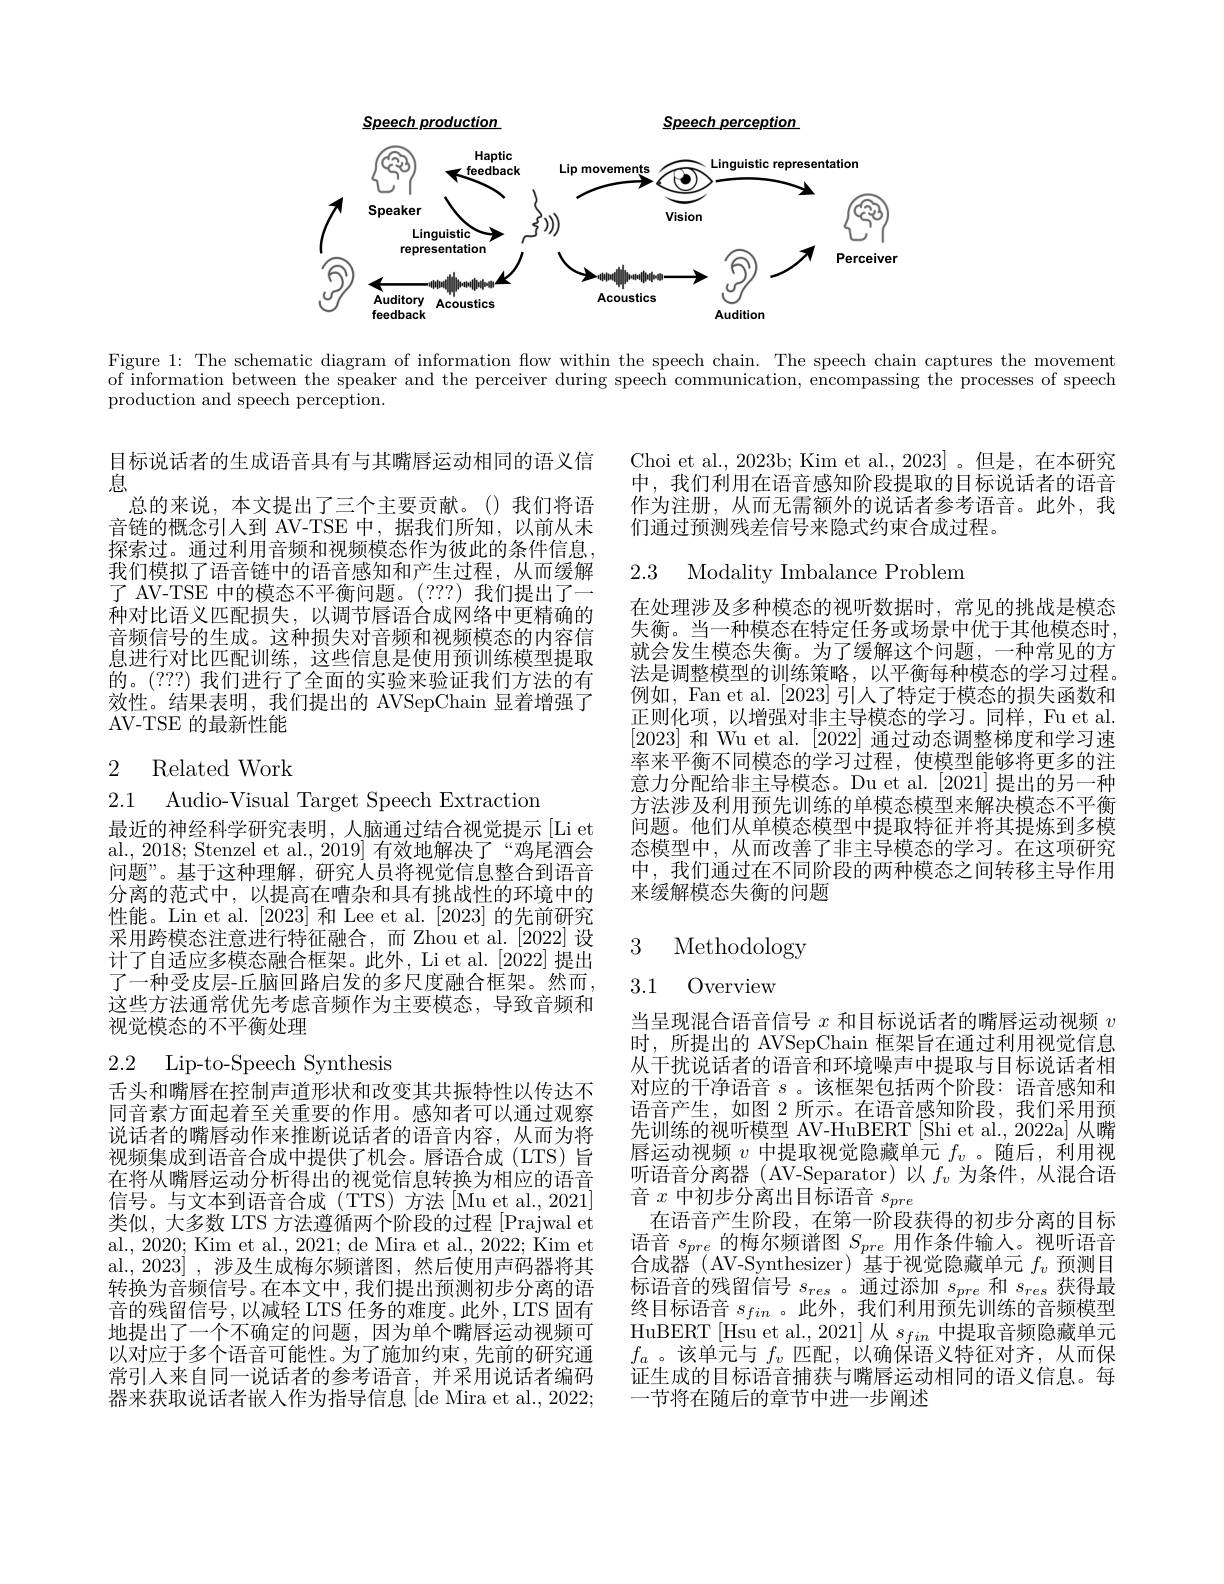
$\underline{Speech}production$

$\underline{{\mathrm{Speech~perception}}}$

<FigureHere>

Figure 1: The schematic diagram of information flow within the speech chain. The speech chain captures the movement $\bar{\text{of information between the speaker and the perceiver during speech communication, encompassing the processes of speech}}$ production and speech perception.

Choi et al., 2023b; Kim et al., 2023]。但是，在本研究中，我们利用在语音感知阶段提取的目标说话者的语音作为注册，从而无需额外的说话者参考语音。此外，我们通过预测残差信号来隐式约束合成过程。

2.3 Modality Imbalance Problem

目标说话者的生成语音具有与其嘴唇运动相同的语义信
息
总的来说，本文提出了三个主要贡献。()我们将语音链的概念引人到 AV-TSE 中，据我们所知，以前从未探索过。通过利用音频和视频模态作为彼此的条件信息， 我们模拟了语音链中的语音感知和产生过程，从而缓解了 AV-TSE 中的模态不平衡问题。(???) 我们提出了一种对比语义匹配损失，以调节唇语合成网络中更精确的音频信号的生成。这种损失对音频和视频模态的内容信息进行对比匹配训练，这些信息是使用预训练模型提取的。(???) 我们进行了全面的实验来验证我们方法的有效性。结果表明，我们提出的 AVSepChain 显着增强了AV-TSE 的最新性能

在处理涉及多种模态的视听数据时，常见的挑战是模态失衡。当一种模态在特定任务或场景中优于其他模态时， 就会发生模态失衡。为了缓解这个问题，一种常见的方法是调整模型的训练策略，以平衡每种模态的学习过程。例如，Fan et al. [2023] 引人了特定于模态的损失函数和正则化项，以增强对非主导模态的学习。同样，Fu et al. [2023]和 Wu et al. [2022]通过动态调整梯度和学习速率来平衡不同模态的学习过程，使模型能够将更多的注意力分配给非主导模态。Du et al. [2021] 提出的另一种方法涉及利用预先训练的单模态模型来解决模态不平衡问题。他们从单模态模型中提取特征并将其提炼到多模态模型中，从而改善了非主导模态的学习。在这项研究中，我们通过在不同阶段的两种模态之间转移主导作用来缓解模态失衡的问题

# 2 Related Work

2.1 Audio-Visual Target Speech Extraction
最近的神经科学研究表明，人脑通过结合视觉提示[Li et al., 2018; Stenzel et al., 2019] 有效地解决了“鸡尾酒会问题”。基于这种理解，研究人员将视觉信息整合到语音分离的范式中，以提高在嘈杂和具有挑战性的环境中的性能。Lin et al.[2023] 和 Lee et al.[2023] 的先前研究采用跨模态注意进行特征融合，而 Zhou et al.[2022] 设计了自适应多模态融合框架。此外，Li et al.[2022] 提出了一种受皮层-丘脑回路启发的多尺度融合框架。然而， 这些方法通常优先考虑音频作为主要模态，导致音频和视觉模态的不平衡处理

3 Methodology

3.1 Overview

2.2 Lip-to-Speech Synthesis

当呈现混合语音信号$x$和目标说话者的嘴唇运动视频$v$ 时，所提出的 AVSepChain 框架旨在通过利用视觉信息从干扰说话者的语音和环境噪声中提取与目标说话者相对应的干净语音$s$。该框架包括两个阶段：语音感知和语音产生，如图 2 所示。在语音感知阶段，我们采用预先训练的视听模型 AV-HuBERT [Shi et al., 2022a] 从嘴唇运动视频$v$中提取视觉隐藏单元$f_v$ 。随后，利用视听语音分离器 ( AV-Separator)以$f_v$为条件，从混合语音$x$中初步分离出目标语音$s_pre$
在语音产生阶段，在第一阶段获得的初步分离的目标语音$s_{pre}$的梅尔频谱图$S_pre$用作条件输人。视听语音合成器(AV-Synthesizer)基于视觉隐藏单元$f_v$预测目标语音的残留信号$s_{res}$。通过添加$s_{pre}$和$s_{res}$获得最终目标语音$s_{fin}$ 。此外，我们利用预先训练的音频模型HuBERT$\left[\text{Hsu et al., 2021] 从 }s_{fin}\text{ 中提取音频隐藏单元}\right]$ $f_a$。该单元与$f_v$匹配，以确保语义特征对齐，从而保证生成的目标语音捕获与嘴唇运动相同的语义信息。每一节将在随后的章节中进一步阐述

舌头和嘴唇在控制声道形状和改变其共振特性以传达不同音素方面起着至关重要的作用。感知者可以通过观察说话者的嘴唇动作来推断说话者的语音内容，从而为将视频集成到语音合成中提供了机会。唇语合成(LTS)旨在将从嘴唇运动分析得出的视觉信息转换为相应的语音信号。与文本到语音合成(TTS)方法[Muetal.,2021] 类似，大多数 LTS 方法遵循两个阶段的过程[Prajwal et al., 2020; Kim et al., 2021; de Mira et al., 2022; Kim et al.,2023],涉及生成梅尔频谱图，然后使用声码器将其转换为音频信号。在本文中，我们提出预测初步分离的语音的残留信号，以减轻 LTS 任务的难度。此外，LTS 固有地提出了一个不确定的问题，因为单个嘴唇运动视频可以对应于多个语音可能性。为了施加约束，先前的研究通常引入来自同一说话者的参考语音，并采用说话者编码器来获取说话者嵌入作为指导信息[de Mira et al., 2022;